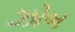
ઝોબ